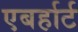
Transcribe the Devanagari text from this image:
एबर्हार्ट